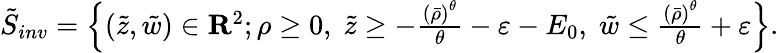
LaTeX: \begin{array}{r}{\tilde{S}_{inv}=\left\{ (\tilde{z},\tilde{w})\in{\mathbf R}^{2};{\rho}\geq 0,\; \tilde{z}\geq-\frac{\left(\bar{\rho}\right)^{\theta}}{\theta}-\varepsilon-E_{0},\; \tilde{w}\leq\frac{\left(\bar{\rho}\right)^{\theta}}{\theta}+\varepsilon\right\} .}\end{array}